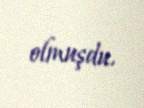
olmuşdu.